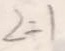
2 = 1